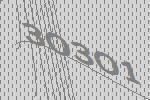
30301